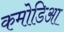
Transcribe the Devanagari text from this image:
कमोडिआ